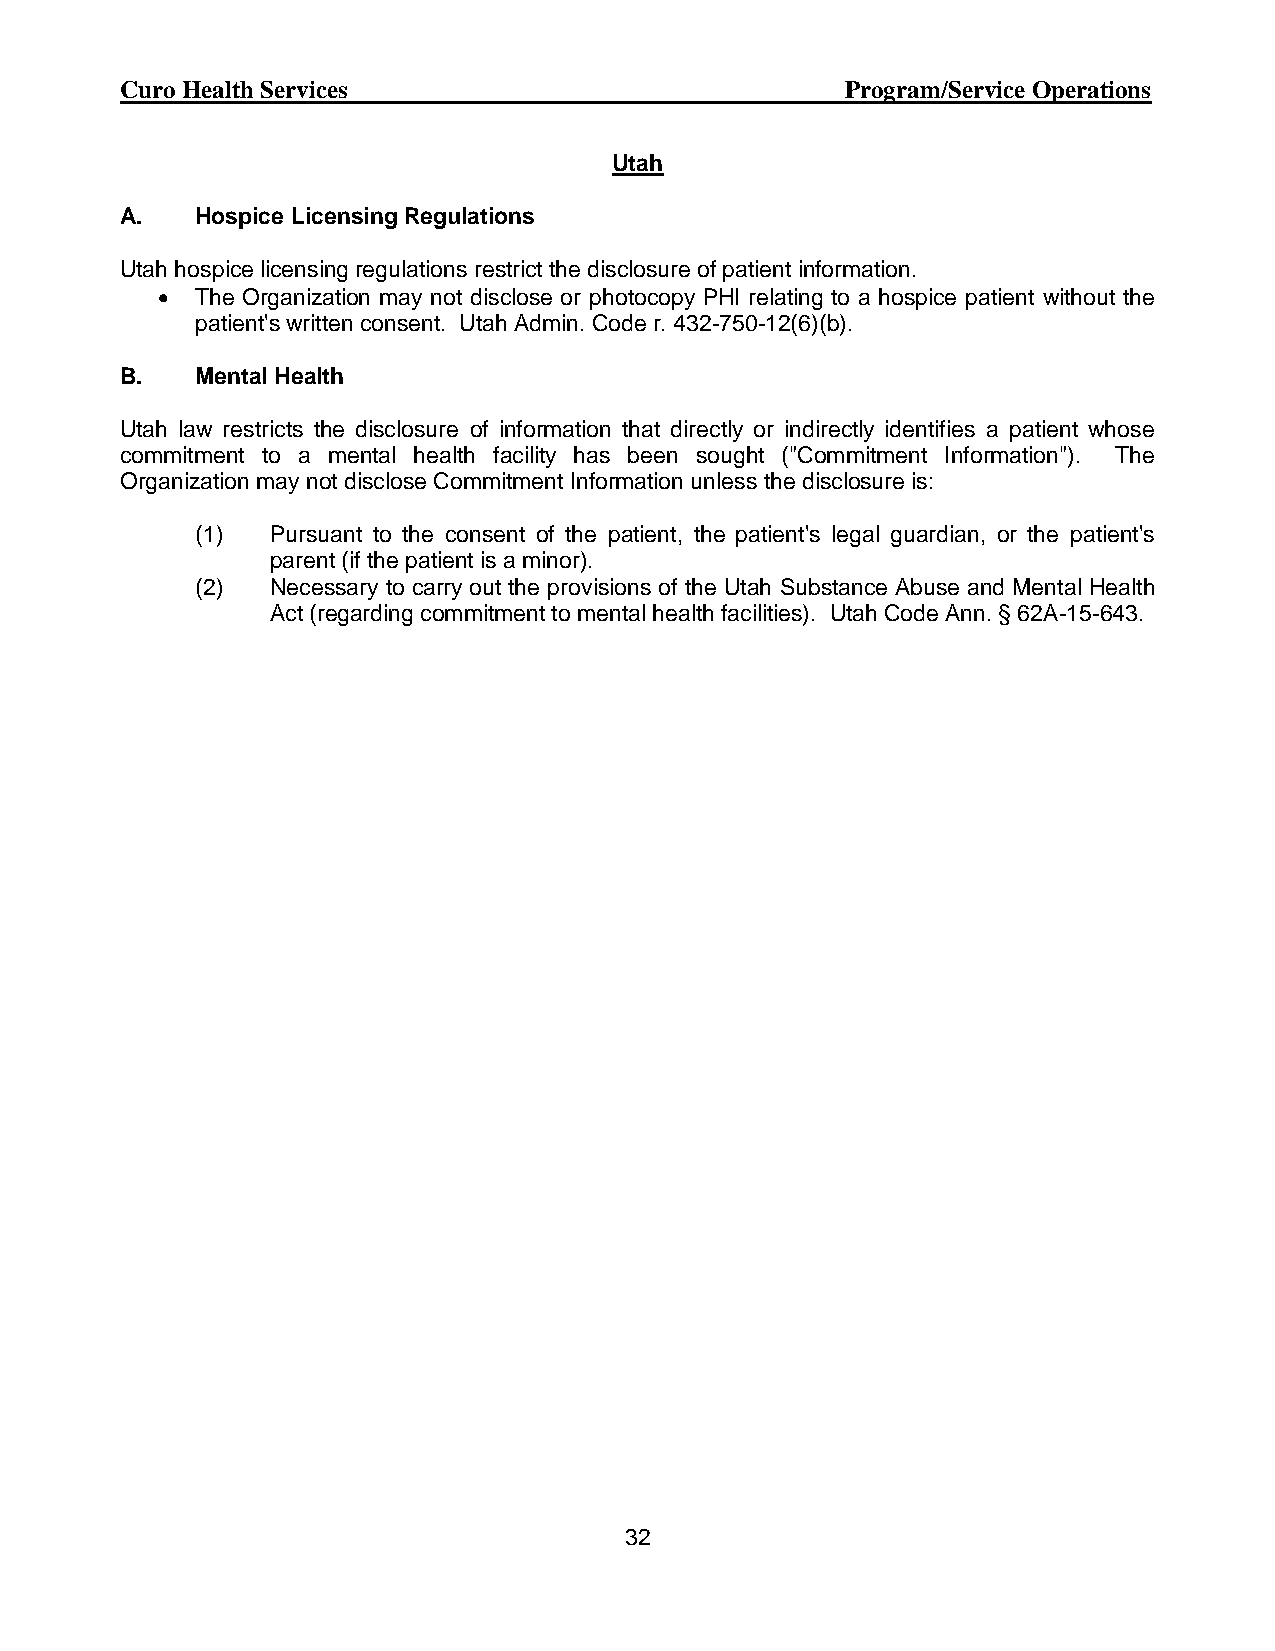
Curo Health Services                            Program/Service Operations
 Utah
 A.   Hospice Licensing Regulations
 Utah hospice licensing regulations restrict the disclosure of patient information.
   The Organization may not disclose or photocopy PHI relating to a hospice patient without the
 patient's written consent. Utah Admin. Code r. 432-750-12(6)(b).
 B.   Mental Health
 Utah law restricts the disclosure of information that directly or indirectly identifies a patient whose
 commitment to a mental health facility has been sought ("Commitment Information"). The
 Organization may not disclose Commitment Information unless the disclosure is:
 (1)  Pursuant to the consent of the patient, the patient's legal guardian, or the patient's
 parent (if the patient is a minor).
 (2)  Necessary to carry out the provisions of the Utah Substance Abuse and Mental Health
 Act (regarding commitment to mental health facilities). Utah Code Ann. § 62A-15-643.
 32